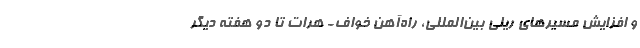
و افزایش مسیرهای ریلی بین‌المللی، راه‌آهن خواف- هرات تا دو هفته دیگر